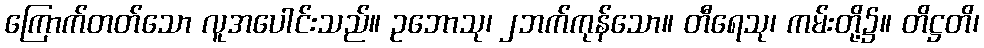
ကြောက်တတ်သော လူအပေါင်းသည်။ ဥဘောသု၊ ၂ဘက်ကုန်သော။ တီရေသု၊ ကမ်းတို့၌။ တိဋ္ဌတိ၊